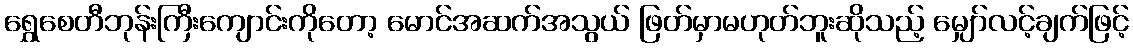
ရွှေစေတီဘုန်းကြီးကျောင်းကိုတော့ မောင်အဆက်အသွယ် ဖြတ်မှာမဟုတ်ဘူးဆိုသည့် မျှော်လင့်ချက်ဖြင့်